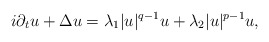
\begin{align*}i\partial_{t}u+\Delta u=\lambda_1|u|^{q-1}u+\lambda_2|u|^{p-1}u,\end{align*}